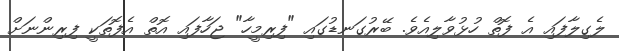
ލެގިލާފައި އެ ފޮތް ހުޅުވާލިއެވެ. ބޭރުގަނޑުގައި "ފިރިމީހާ" ޖަހާފައި އޮތް އެފޮތަކީ ފިރިންނަށް